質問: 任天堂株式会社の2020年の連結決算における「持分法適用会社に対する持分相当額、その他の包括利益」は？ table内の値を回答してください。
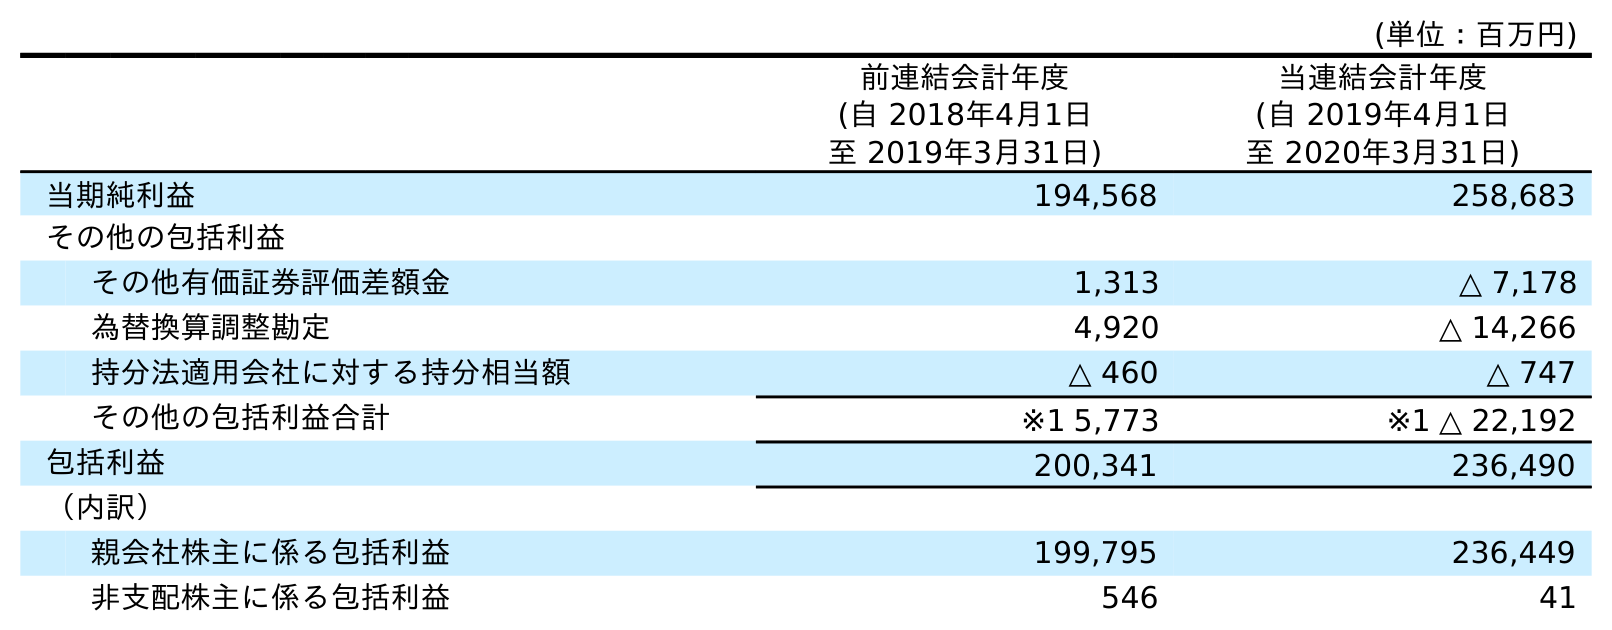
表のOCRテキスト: (単位：百万円) 前連結会計年度 (自 2018年4月1日 至 2019年3月31日) 当連結会計年度 (自 2019年4月1日 至 2020年3月31日) 当期純利益 194,568 258,683 その他の包括利益 その他有価証券評価差額金 1,313 △ 7,178 為替換算調整勘定 4,920 △ 14,266 持分法適用会社に対する持分相当額 △ 460 △ 747 その他の包括利益合計 ※1 5,773 ※1 △ 22,192 包括利益 200,341 236,490 （内訳） 親会社株主に係る包括利益 199,795 236,449 非支配株主に係る包括利益 546 41
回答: △747